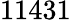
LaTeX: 11431